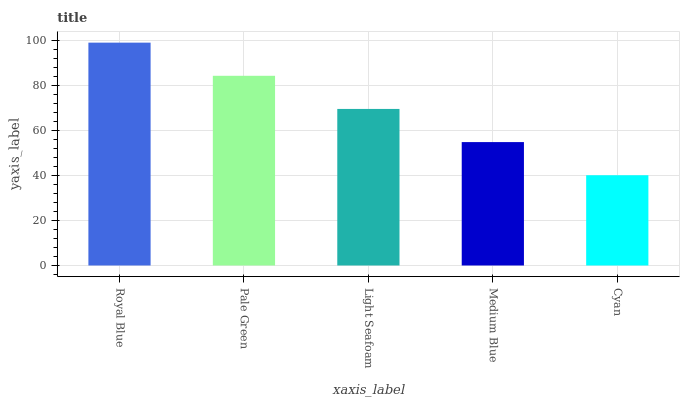
| xaxis_label | bars |
 | --- | --- |
 | Royal Blue | 99 |
 | Pale Green | 84.3 |
 | Light Seafoam | 69.5 |
 | Medium Blue | 54.8 |
 | Cyan | 40.1 |